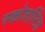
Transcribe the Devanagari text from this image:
स्कोलस्टिक